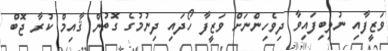
ވަޒީފާއި ނުލިބިފައިވާ ދިވެހިންނަށް ވަޒީފާ ހޯދައި ދިނުމުގެ ގޮތުން ޤާއިމް ކުރާ ޖޮބް